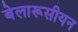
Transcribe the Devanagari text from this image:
बेलारूसीयन